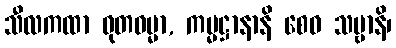
သီလကထာ ဓုတဓမ္မာ, ကမ္မဋ္ဌာနာနိ စေဝ သဗ္ဗာနိ၊